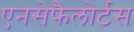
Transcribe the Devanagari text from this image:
एनसेफैलोर्टस